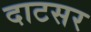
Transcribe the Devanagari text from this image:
दाटसर